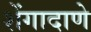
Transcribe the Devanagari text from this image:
शेंगादाणे